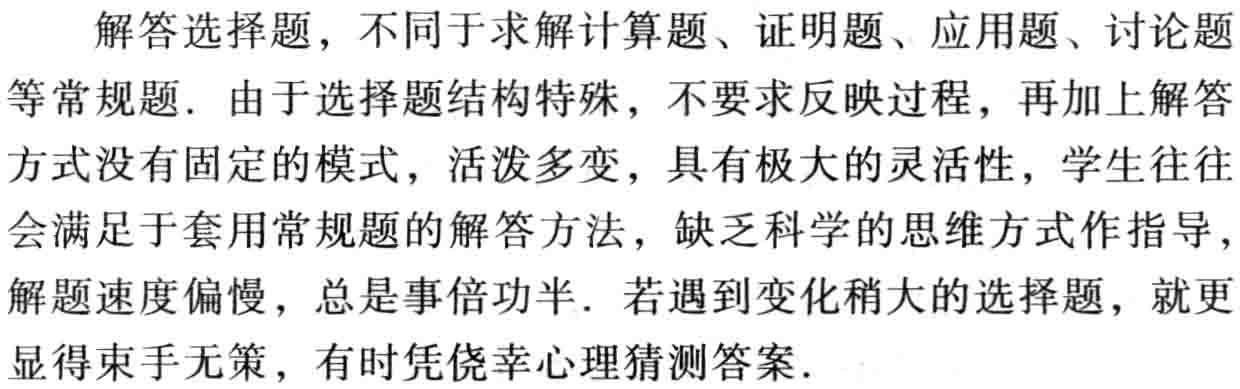
解答选择题，不同于求解计算题、证明题、应用题、讨论题等常规题. 由于选择题结构特殊，不要求反映过程，再加上解答方式没有固定的模式，活泼多变，具有极大的灵活性，学生往往会满足于套用常规题的解答方法，缺乏科学的思维方式作指导，解题速度偏慢，总是事倍功半. 若遇到变化稍大的选择题，就更显得束手无策，有时凭侥幸心理猜测答案.